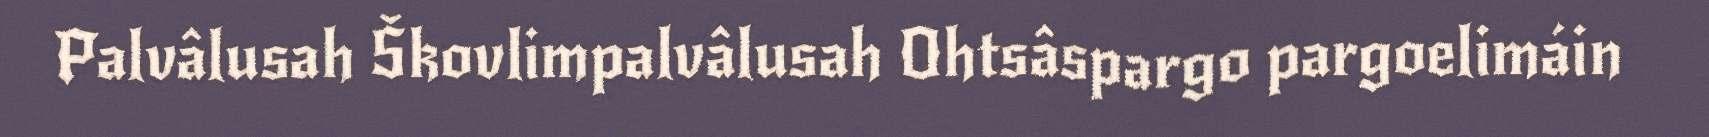
Palvâlusah Škovlimpalvâlusah Ohtsâspargo pargoelimáin